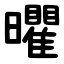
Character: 㬬